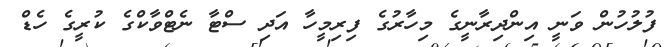
ފުލުހުން ވަނީ އިންދިރާނީގެ މިހާރުގެ ފިރިމީހާ އަދި ސްޓާ ނެޓްވާކްގެ ކުރީގެ ހެޑް